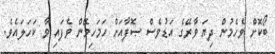
ބޯކޮށް ވެހެމުން ދިޔަ ވާރޭގެ އަޑުވެސް ޞޮފާއަށް ހަމަހިމޭން ވެފައި ވާ ކަހަލައެވެ.